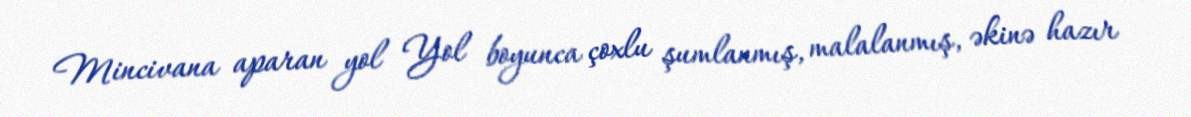
Mincivana aparan yol Yol boyunca çoxlu şumlanmış, malalanmış, əkinə hazır